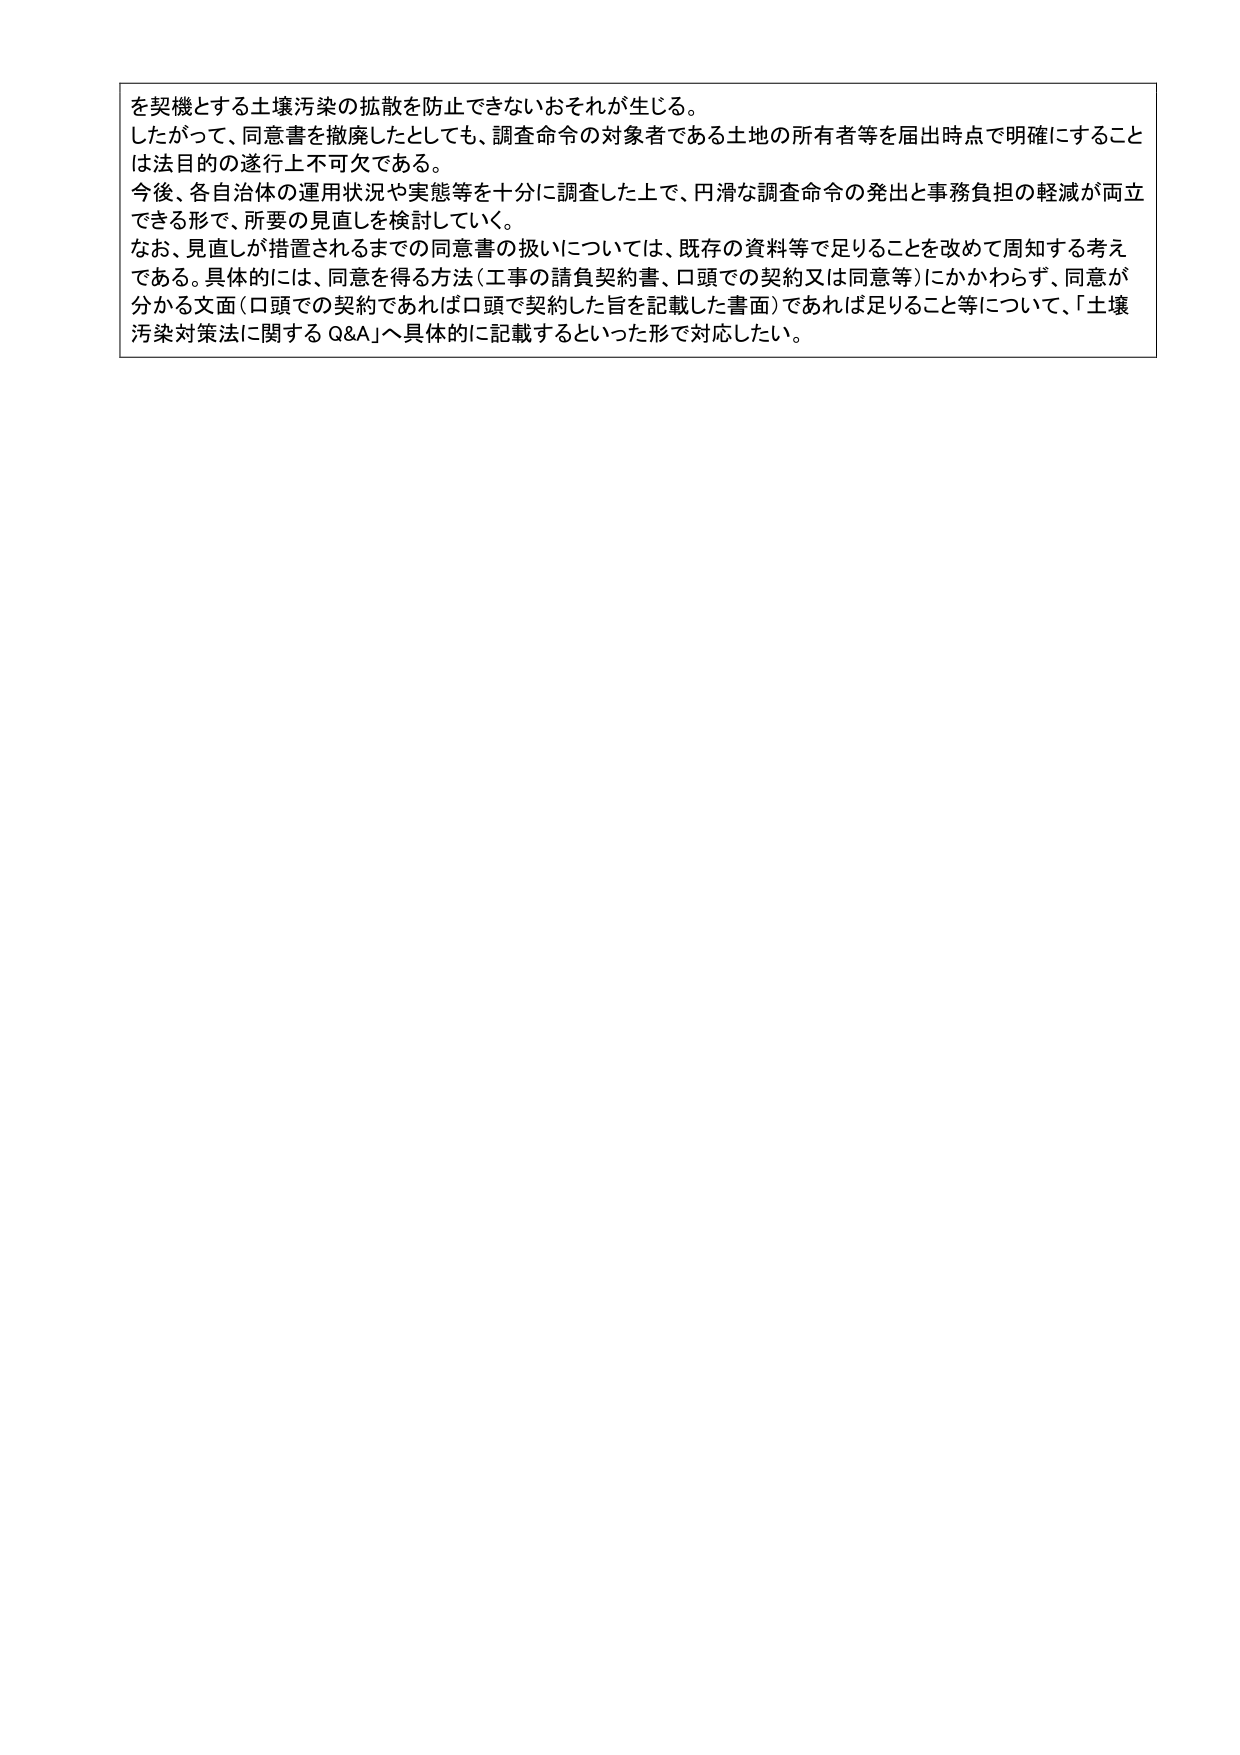
を契機とする土壌汚染の拡散を防止できないおそれが生じる。
したがって、同意書を撤廃したとしても、調査命令の対象者である土地の所有者等を届出時点で明確にすること
は法目的の遂行上不可欠である。
今後、各自治体の運用状況や実態等を十分に調査した上で、円滑な調査命令の発出と事務負担の軽減が両立
できる形で、所要の見直しを検討していく。
なお、見直しが措置されるまでの同意書の扱いについては、既存の資料等で足りることを改めて周知する考え
である。具体的には、同意を得る方法（工事の請負契約書、口頭での契約又は同意等）にかかわらず、同意が
分かる文面（口頭での契約であれば口頭で契約した旨を記載した書面）であれば足りること等について、「土壌
汚染対策法に関するQ&A」へ具体的に記載するといった形で対応したい。